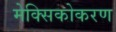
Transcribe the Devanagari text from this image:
मेक्सिकोकरण